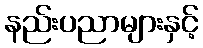
နည်းပညာများနှင့်